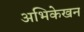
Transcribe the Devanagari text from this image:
अभिकेखन